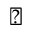
\triangledown